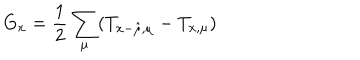
LaTeX: G _ { x } = \frac { 1 } { 2 } \sum _ { \mu } ( T _ { x - \hat { \mu } , \mu } - T _ { x , \mu } )